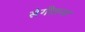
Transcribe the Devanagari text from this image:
संगीतनट